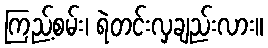
ကြည့်စမ်း၊ ရဲတင်းလှချည်းလား။